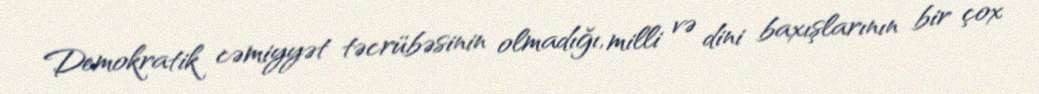
Demokratik cəmiyyət təcrübəsinin olmadığı, milli və dini baxışlarının bir çox